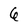
Character: 6